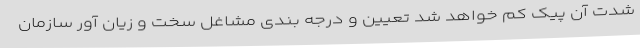
شدت آن پیک کم‌ خواهد شد تعیین و درجه بندی مشاغل سخت و زیان آور سازمان